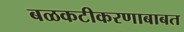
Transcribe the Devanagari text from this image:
बळकटीकरणाबाबत